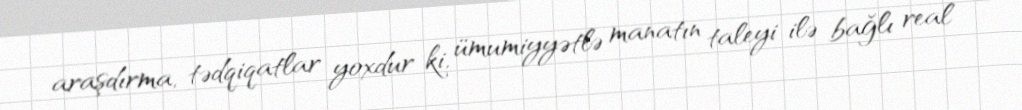
araşdırma, tədqiqatlar yoxdur ki, ümumiyyətlə manatın taleyi ilə bağlı real